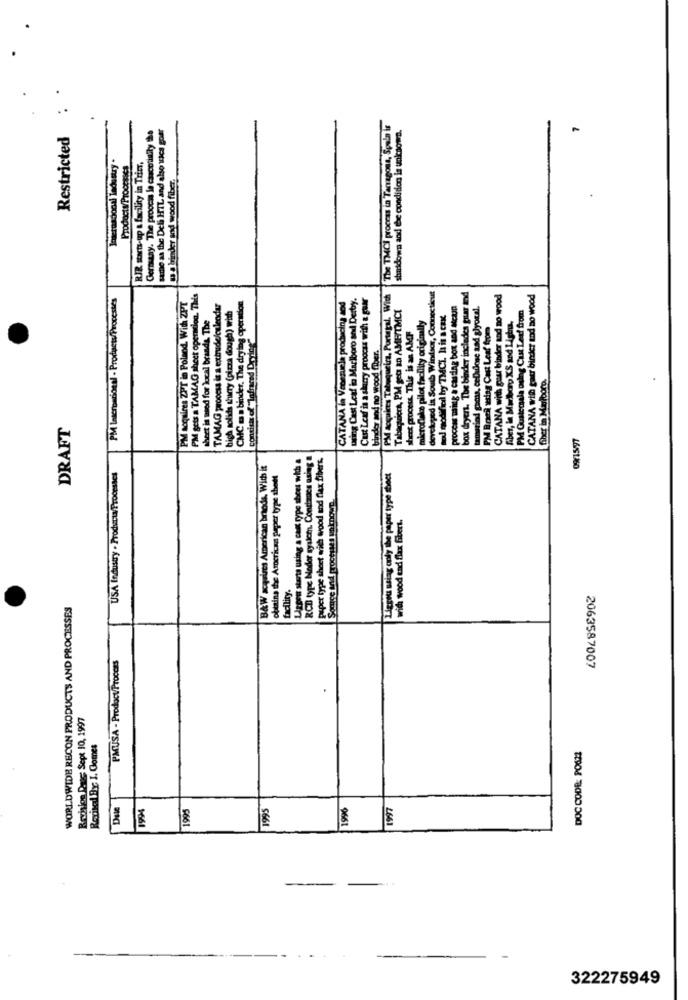
same as the Deli HIL and also wcs gofr
The TMCI process in Tarragona, Spain is
shutdown and the condition is unknown.
Restricted
Germany. The proocas le cancerinfly the
Inerasconsi ladostry.
RIR starts-up & facility in TrisT,
Products/ Processes
sa a binder and wood fiber.
Connecticut
PM Incromssonnl - Products/Procestes
PM soquires ZPT in Poland. With ZPT
PM gets a TAMAG sheet operacion. This
CATANA in Venezuela producing and
using Cest Leaf in Marlboro and Derby.
roocas with & guar
PM lequices Tabaqueira, Portugal. With
box dryers. The binder incledes gar and
CATANA with paar binder and no wood
CATANA win gaer binder ed no wood
TAMAG process is a extrude/calendar
high solids shirry (pizza dough) with
CMC s a binder. The drying operation
POCTA, PM geo a AMHTMCI
proccas mig a carding box and Metin
riad gams, cellulose asd glyoxal.
PM Guatemala ouing Cast Leef from
cheet is med for local brands. The
riginally
pod modified by TMCL his a cax
fiber, in Murborg XS and Lighu,
process This is an Abor
PM Brasil wsiag Cart Leaf from
consists of "lafrared Drying"
BeroCalce pilot facility or
ed in South Windso
binder and no wood
fiber in Marlboro.
Cust Leaf is a
DRAFT
derek
09x15197
Liggeit starts using a cunt rype abeer wid a
RCD type Modor system. Condanes Being a
Paper type sheet with wood and flax fibers,
B&W acquires American brands. With it
USA Industry . Products/ Processes
obtains the American paper type thett
Licgiu slag only the paper type boet
Somce and processes unknown.
with wood end flax fibert.
facility.
WORLDWIDE RECON PRODUCTS AND PROCESSES
PMUSA - Prodoct/Procces
2063587007
Revision Dants: Sept 10, 1997
Rexincel By: 1. Gomes
DOC CODE: PO622
Dsie
1994
1995
1995
1996
1997
---
322275949